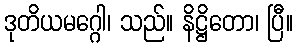
ဒုတိယမဂ္ဂေါ၊ သည်။ နိဋ္ဌိတော၊ ပြီ။